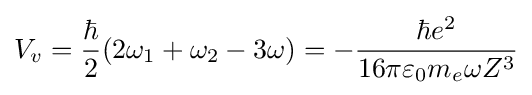
V_{v}={\frac {\hbar }{2}}(2\omega _{1}+\omega _{2}-3\omega )=-{\hbar e^{2} \over 16\pi \varepsilon _{0}m_{e}\omega Z^{3}}